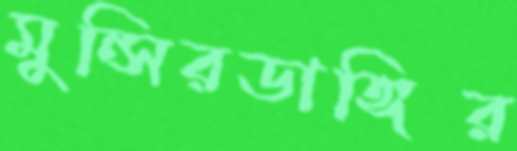
মুন্সিরডাঙ্গির